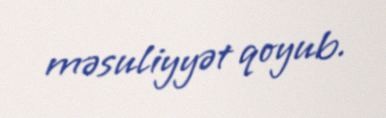
məsuliyyət qoyub.